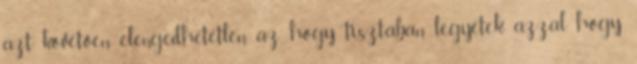
azt követően elengedhetetlen az, hogy tisztában legyetek azzal, hogy